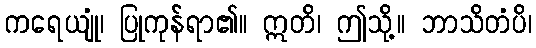
ကရေယျုံ၊ ပြုကုန်ရာ၏။ ဣတိ၊ ဤသို့။ ဘာသိတံပိ၊